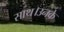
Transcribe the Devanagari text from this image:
साथ।उनके